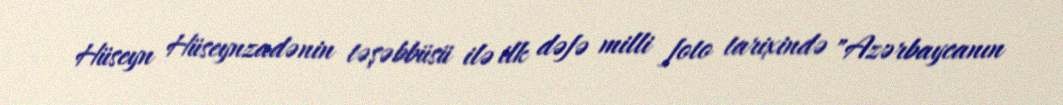
Hüseyn Hüseynzadənin təşəbbüsü ilə ilk dəfə milli foto tarixində "Azərbaycanın